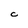
Character: C